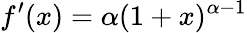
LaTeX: f^{\prime}(x)=\alpha(1+x)^{\alpha-1}